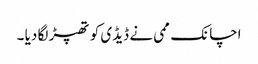
اچانک ممی نے ڈیڈی کو تھپڑ لگا دیا ۔